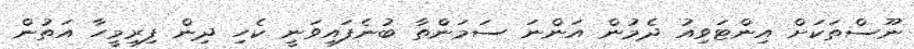
ނޫސްތަކަށް އިންޓަވިއު ދެމުން އަންނަ ސަމަންތާ ބުނެފައިވަނީ ކެހި ދިން ފިރިމީހާ އަތުން